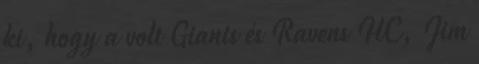
ki, hogy a volt Giants és Ravens HC, Jim